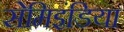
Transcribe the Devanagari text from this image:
सेमिइंडिया